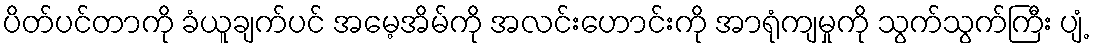
ပိတ်ပင်တာကို ခံယူချက်ပင် အမေ့အိမ်ကို အလင်းဟောင်းကို အာရုံကျမှုကို သွက်သွက်ကြီး ပျံ့